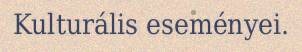
Kulturális eseményei.